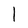
Character: l